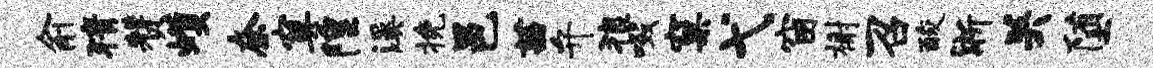
俞猜赞蠖奈寞隍溪挽邑茜弁狼啜窠弋窗榭召酸淅关堕